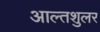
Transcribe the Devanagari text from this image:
आल्तशुलर